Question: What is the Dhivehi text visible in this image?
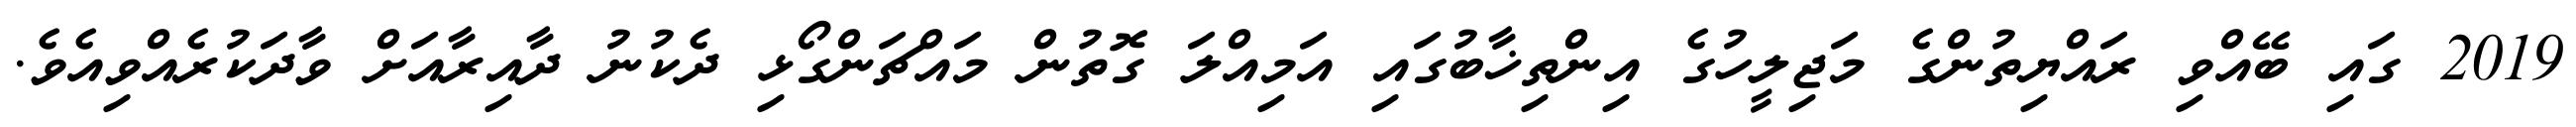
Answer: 2019 ގައި ބޭއްވި ރައްޔިތުންގެ މަޖިލީހުގެ އިންތިޚާބުގައި އަމިއްލަ ގޮތުން މައްޗަންގޯޅި ދެކުނު ދާއިރާއަށް ވާދަކުރެއްވިއެވެ.